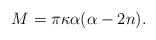
\begin{align*}{M}=\pi\kappa \alpha(\alpha-2n).\end{align*}